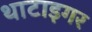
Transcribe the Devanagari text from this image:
थाटाइगर